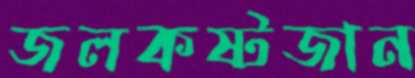
জলকষ্টজান